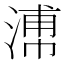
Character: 𣹷